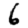
Digit: 6